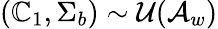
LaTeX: (\mathbb{C}_{1},\Sigma_{b})\sim\mathcal{{U}}(\mathcal{{A}}_{w})